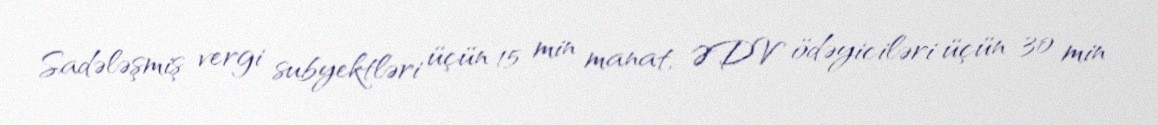
Sadələşmiş vergi subyektləri üçün 15 min manat, ƏDV ödəyiciləri üçün 30 min